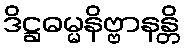
ဒိဋ္ဌဓမ္မနိဗ္ဗာနန္တိ